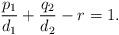
LaTeX: \begin{align*}\frac{p_1}{d_1}+\frac{q_2}{d_2}-r=1.\end{align*}